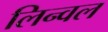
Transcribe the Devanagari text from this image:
लिन्वल